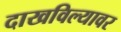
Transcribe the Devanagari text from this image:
दाखविल्यावर